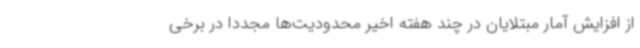
از افزایش آمار مبتلایان در چند هفته اخیر محدودیت‌ها مجددا در برخی